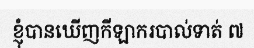
ខ្ញុំបានឃើញកីឡាករបាល់ទាត់ ៧